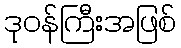
ဒုဝန်ကြီးအဖြစ်